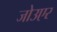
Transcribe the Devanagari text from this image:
जोउएर